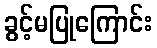
ခွင့်မပြုကြောင်း